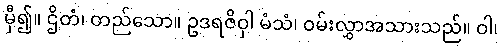
မှီ၍။ ဌိတံ၊ တည်သော။ ဥဒရဇိဝှါ မံသံ၊ ဝမ်းလွှာအသားသည်။ ဝါ၊